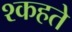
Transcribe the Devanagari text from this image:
श्कहते